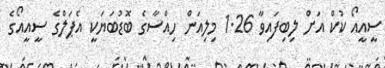
ސީއީއޯ ކުކް އަށް ލިބިފައިވާ 1.26 މިލިއަން ހިއްސާގެ ބޮޑުބަޔަކީ އެޕަލްގެ ސީއީއޯގެ